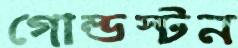
গোল্ডস্টন